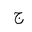
Letter: _gim